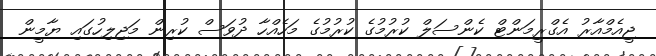
ޖީއެމްއާރު އެގްރީމަންޓް ކެންސަލް ކުރުމުގެ ކުރުމުގެ މަހެއްހާ ދުވަސް ކުރިން މަޖިލިހުގައި ޔާމީން